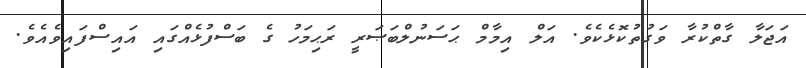
އަޖަލާ ގާތްކުރާ ވަގުތުކޮޅެކެވެ. އަލް އިމާމް ޙަސަނުލްބަޞަރީ ރަޙިމަހު ގެ ބަސްފުޅެއްގައި އައިސްފައިވެއެވެ.